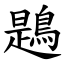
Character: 鶗